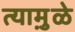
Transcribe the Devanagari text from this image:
त्यामु़ळे